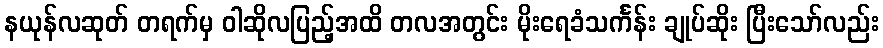
နယုန်လဆုတ် တရက်မှ ဝါဆိုလပြည့်အထိ တလအတွင်း မိုးရေခံသင်္ကန်း ချုပ်ဆိုး ပြီးသော်လည်း